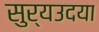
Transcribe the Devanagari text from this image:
सुर्यउदया